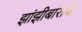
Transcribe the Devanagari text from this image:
झांझीबाराचे